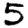
Digit: 5